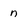
Character: n